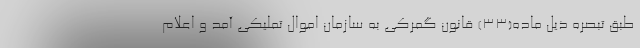
طبق تبصره ذیل ماده(۳۳) قانون گمرکی به سازمان اموال تملیکی آمد و اعلام